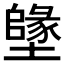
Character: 𡒰